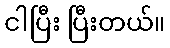
ငါပြီး ပြီးတယ်။